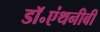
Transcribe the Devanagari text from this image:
डॉ॰एंथनीबी